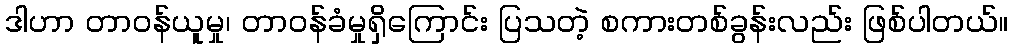
ဒါဟာ တာဝန်ယူမှု၊ တာဝန်ခံမှုရှိကြောင်း ပြသတဲ့ စကားတစ်ခွန်းလည်း ဖြစ်ပါတယ်။